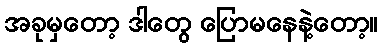
အခုမှတော့ ဒါတွေ ပြောမနေနဲ့တော့။